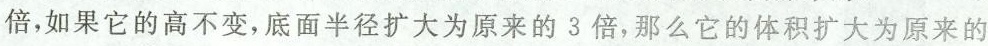
倍，如果它的高不变，底面半径扩大为原来的3倍，那么它的体积扩大为原来的